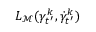
L _ { { \mathcal { M } } } ( \gamma _ { t ^ { \prime } } ^ { k } , \dot { \gamma } _ { t ^ { \prime } } ^ { k } )